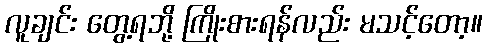
လူချင်း တွေ့ရဘို့ ကြိုးစားရန်လည်း မသင့်တော့။